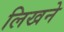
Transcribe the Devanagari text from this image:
लिखने